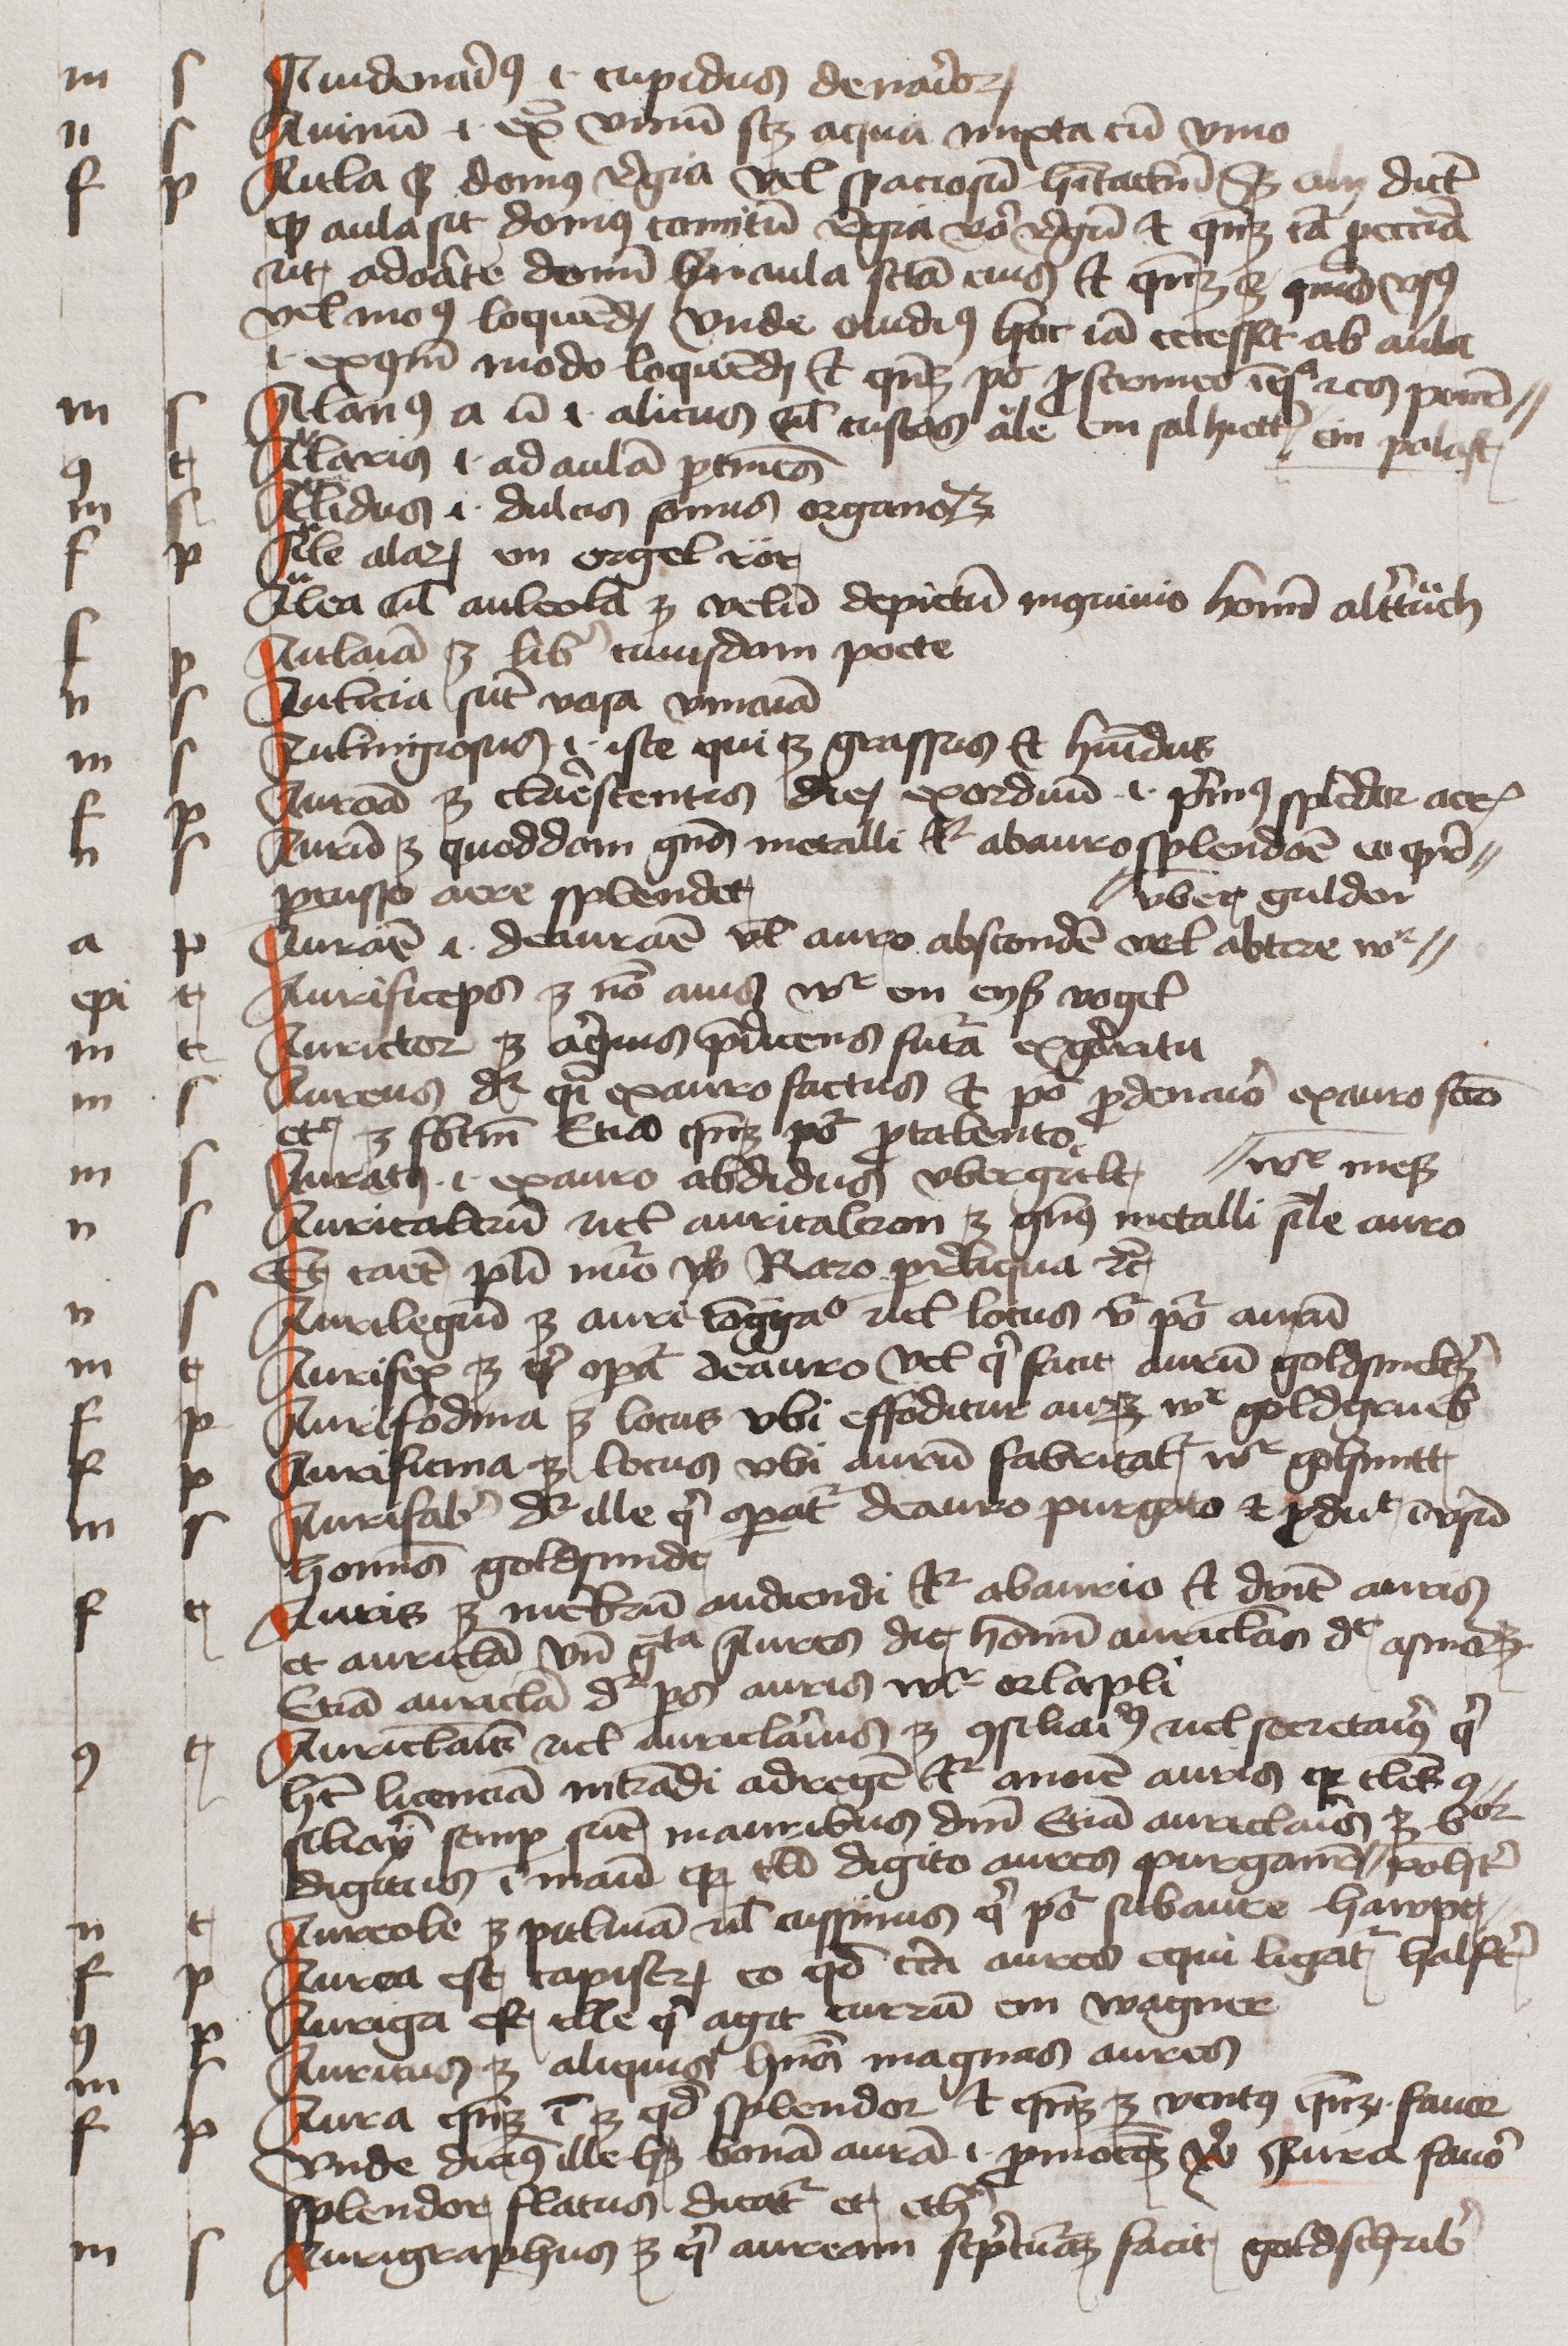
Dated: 1450–1474